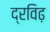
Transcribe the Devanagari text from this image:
द्रविढ़